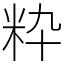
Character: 粋